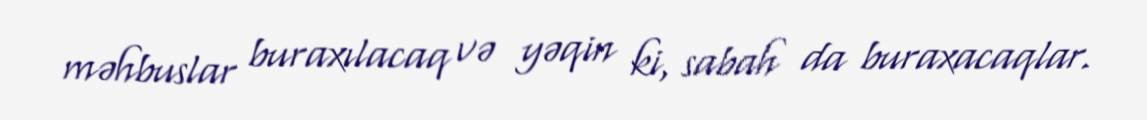
məhbuslar buraxılacaq və yəqin ki, sabah da buraxacaqlar.